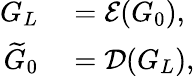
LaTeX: \begin{array}{rl}{G_{L}}&{{}={\cal E}(G_{0}),}\\ {\widetilde{G}_{0}}&{{}={\cal D}(G_{L}),}\end{array}